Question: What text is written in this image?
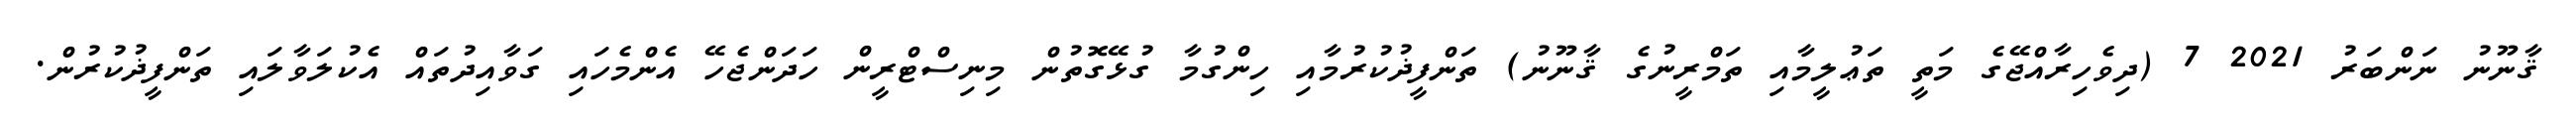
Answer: ޤާނޫނު ނަންބަރު 2021 7 (ދިވެހިރާއްޖޭގެ މަތީ ތަޢުލީމާއި ތަމްރީނުގެ ޤާނޫނު) ތަންފީޛުކުރުމާއި ހިންގުމާ ގުޅޭގޮތުން މިނިސްޓްރީން ހަދަންޖެހޭ އެންމެހައި ގަވާއިދުތައް އެކުލަވާލައި ތަންފީޛުކުރުން.